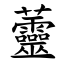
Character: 䖅